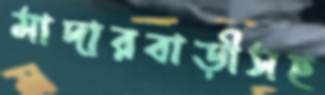
মাদারবাড়ীসহ